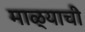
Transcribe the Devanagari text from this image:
माळ्याची